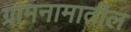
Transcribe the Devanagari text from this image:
ग्रामनामातील